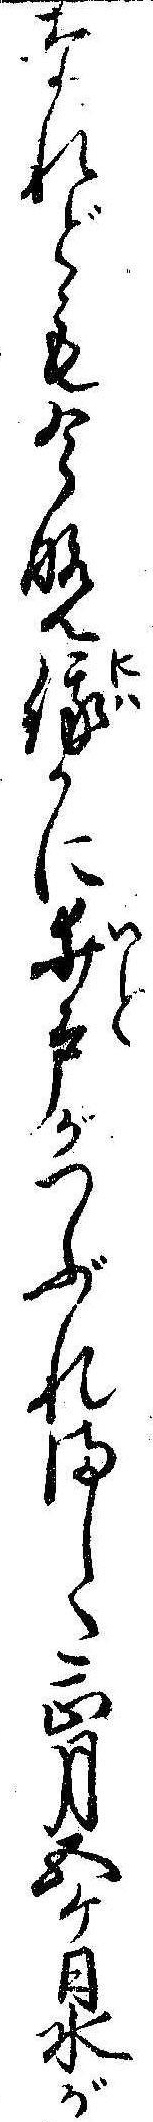
なれども今晩俄かに井戸がつぶれました正月五ケ日水が